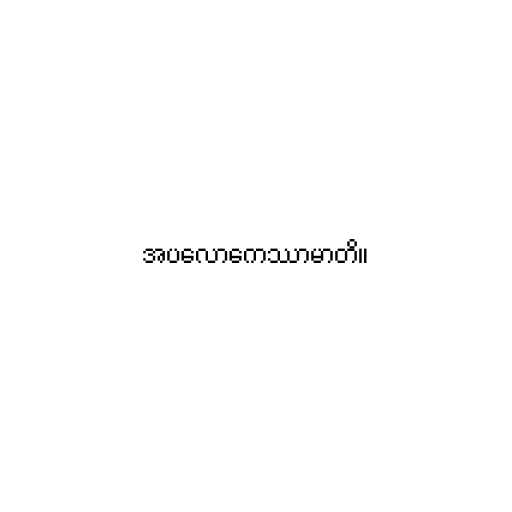
အပလောကေဿာမာတိ။